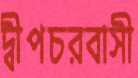
দ্বীপচরবাসী